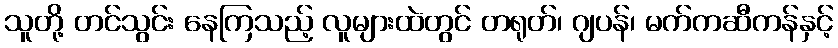
သူတို့ တင်သွင်း နေကြသည့် လူများထဲတွင် တရုတ်၊ ဂျပန်၊ မက်ကဆီကန်နှင့်